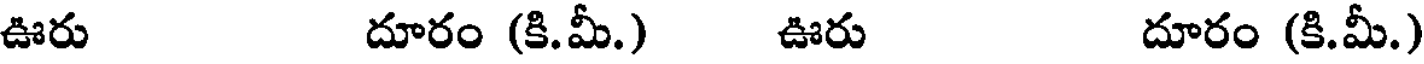
ఊరు దూరం (కి.మీ.) ఊరు దూరం (కి.మీ.)